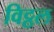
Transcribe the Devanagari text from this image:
विट्ठल